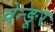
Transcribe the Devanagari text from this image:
वेन्ङूर